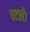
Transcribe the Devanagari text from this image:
पटती।